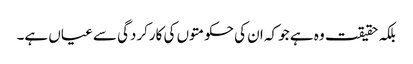
بلکہ حقیقت وہ ہے جو کہ ان کی حکومتوں کی کارکردگی سے عیاں ہے۔